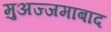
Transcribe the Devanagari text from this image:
मुअज्जमाबाद